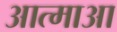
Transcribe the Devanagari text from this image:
आत्माआ